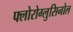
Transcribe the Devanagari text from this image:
फ्लोरोग्लुसिनोल